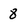
Character: 8